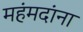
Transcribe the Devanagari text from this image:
महंमदांना